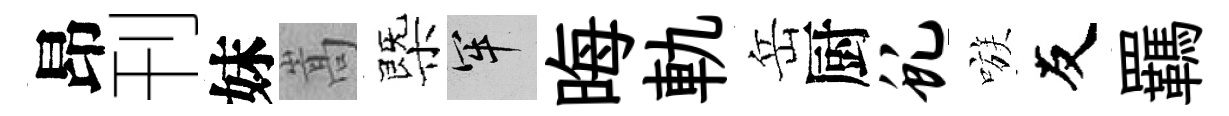
昂刊妹嵩㮣牢晦軌岳厨虬嗾友羈